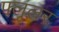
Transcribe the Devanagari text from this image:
फ्लूलर